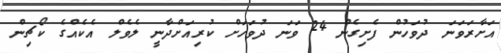
އަށާރަވަނަ ދުވަހުން ފެށިގެން 24 ވަނަ ދުވަހަށް ކުރިއަށްދާނީ ލެވެލް އެކެއްގެ ކޯޗިން